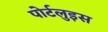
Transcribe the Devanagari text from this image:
पोर्टलुइस